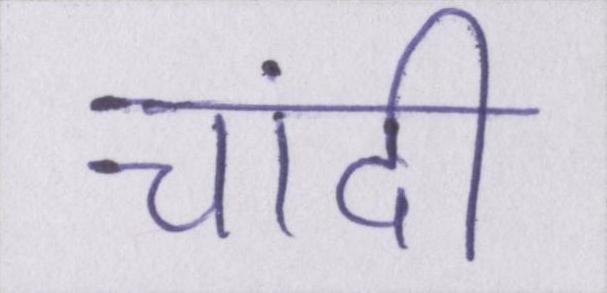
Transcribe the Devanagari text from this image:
चांदी